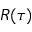
R ( \tau )